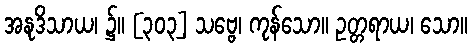
အနုဒိသာယ၊ ၌။ [၃၀၃] သဗ္ဗေ၊ ကုန်သော။ ဥတ္တရာယ၊ သော။